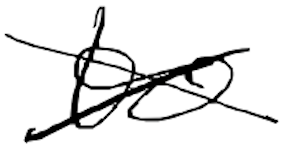
Text: to
Cross-out: cross
Writing tool: digital_black